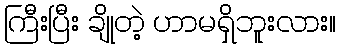
ကြီးပြီး ချိုတဲ့ ဟာမရှိဘူးလား။